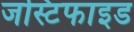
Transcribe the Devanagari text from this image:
जस्टिफाइड